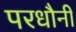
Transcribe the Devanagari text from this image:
परधौनी